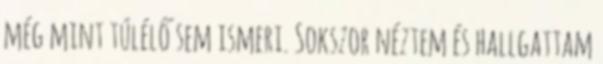
még mint túlélő sem ismeri. Sokszor néztem és hallgattam